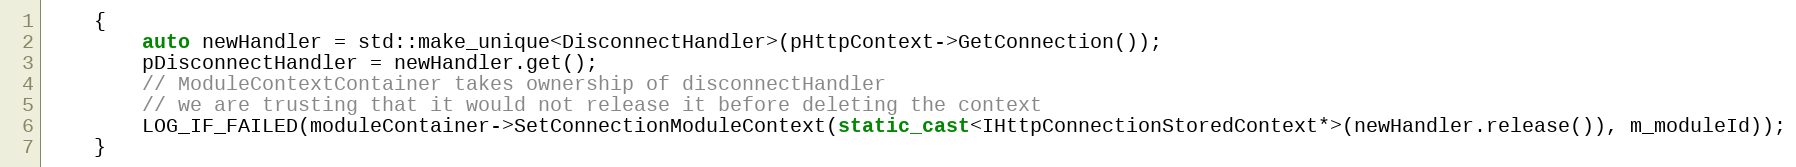
Language: C++
    {
        auto newHandler = std::make_unique<DisconnectHandler>(pHttpContext->GetConnection());
        pDisconnectHandler = newHandler.get();
        // ModuleContextContainer takes ownership of disconnectHandler
        // we are trusting that it would not release it before deleting the context
        LOG_IF_FAILED(moduleContainer->SetConnectionModuleContext(static_cast<IHttpConnectionStoredContext*>(newHandler.release()), m_moduleId));
    }